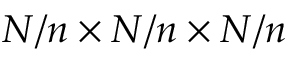
N / n \times N / n \times N / n